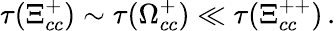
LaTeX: \tau(\Xi_{cc}^{+})\sim\tau(\Omega_{cc}^{+})\ll\tau(\Xi_{cc}^{++})\, .